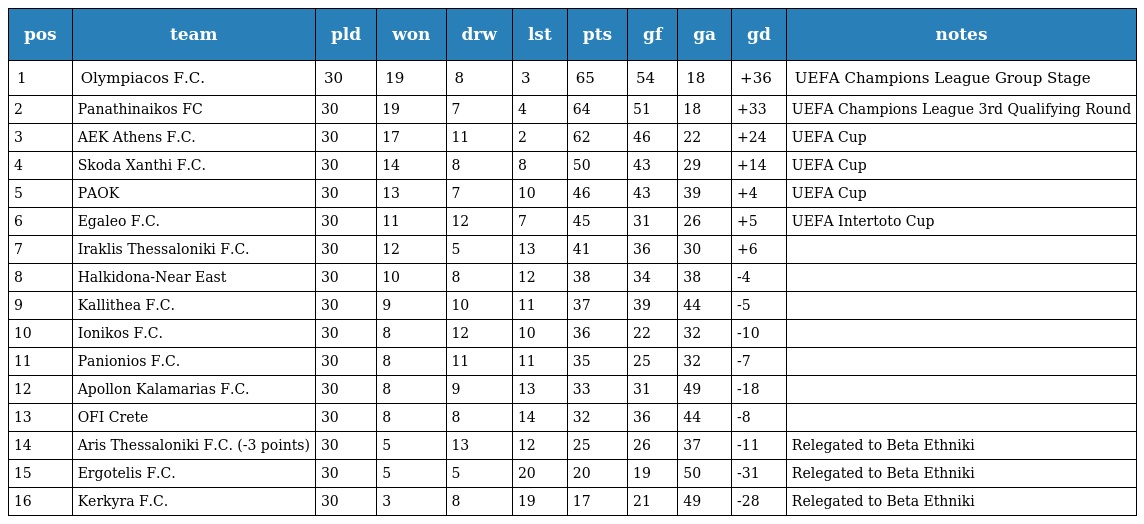
| pos | team | pld | won | drw | lst | pts | gf | ga | gd | notes |
 | --- | --- | --- | --- | --- | --- | --- | --- | --- | --- | --- |
 | 1 | Olympiacos F.C. | 30 | 19 | 8 | 3 | 65 | 54 | 18 | +36 | UEFA Champions League Group Stage |
 | 2 | Panathinaikos FC | 30 | 19 | 7 | 4 | 64 | 51 | 18 | +33 | UEFA Champions League 3rd Qualifying Round |
 | 3 | AEK Athens F.C. | 30 | 17 | 11 | 2 | 62 | 46 | 22 | +24 | UEFA Cup |
 | 4 | Skoda Xanthi F.C. | 30 | 14 | 8 | 8 | 50 | 43 | 29 | +14 | UEFA Cup |
 | 5 | PAOK | 30 | 13 | 7 | 10 | 46 | 43 | 39 | +4 | UEFA Cup |
 | 6 | Egaleo F.C. | 30 | 11 | 12 | 7 | 45 | 31 | 26 | +5 | UEFA Intertoto Cup |
 | 7 | Iraklis Thessaloniki F.C. | 30 | 12 | 5 | 13 | 41 | 36 | 30 | +6 |  |
 | 8 | Halkidona-Near East | 30 | 10 | 8 | 12 | 38 | 34 | 38 | -4 |  |
 | 9 | Kallithea F.C. | 30 | 9 | 10 | 11 | 37 | 39 | 44 | -5 |  |
 | 10 | Ionikos F.C. | 30 | 8 | 12 | 10 | 36 | 22 | 32 | -10 |  |
 | 11 | Panionios F.C. | 30 | 8 | 11 | 11 | 35 | 25 | 32 | -7 |  |
 | 12 | Apollon Kalamarias F.C. | 30 | 8 | 9 | 13 | 33 | 31 | 49 | -18 |  |
 | 13 | OFI Crete | 30 | 8 | 8 | 14 | 32 | 36 | 44 | -8 |  |
 | 14 | Aris Thessaloniki F.C. (-3 points) | 30 | 5 | 13 | 12 | 25 | 26 | 37 | -11 | Relegated to Beta Ethniki |
 | 15 | Ergotelis F.C. | 30 | 5 | 5 | 20 | 20 | 19 | 50 | -31 | Relegated to Beta Ethniki |
 | 16 | Kerkyra F.C. | 30 | 3 | 8 | 19 | 17 | 21 | 49 | -28 | Relegated to Beta Ethniki |